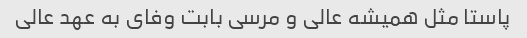
پاستا مثل همیشه عالی و مرسی بابت وفای به عهد عالی